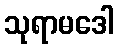
သုရာမဒေါ